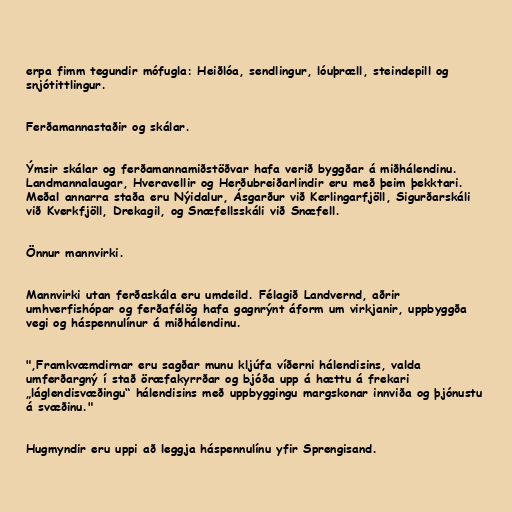
erpa fimm tegundir mófugla: Heiðlóa, sendlingur, lóuþræll, steindepill og
snjótittlingur.

Ferðamannastaðir og skálar.

Ýmsir skálar og ferðamannamiðstöðvar hafa verið byggðar á miðhálendinu.
Landmannalaugar, Hveravellir og Herðubreiðarlindir eru með þeim þekktari.
Meðal annarra staða eru Nýidalur, Ásgarður við Kerlingarfjöll, Sigurðarskáli
við Kverkfjöll, Drekagil, og Snæfellsskáli við Snæfell.

Önnur mannvirki.

Mannvirki utan ferðaskála eru umdeild. Félagið Landvernd, aðrir
umhverfishópar og ferðafélög hafa gagnrýnt áform um virkjanir, uppbyggða
vegi og háspennulínur á miðhálendinu.

",Fram­kvæmd­irn­ar eru sagðar munu kljúfa víðerni há­lend­is­ins, valda
um­ferðargný í stað ör­æfa­kyrrðar og bjóða upp á hættu á frek­ari
„lág­lendi­svæðingu“ há­lend­is­ins með upp­bygg­ingu margskon­ar innviða og þjón­ustu
á svæðinu."

Hugmyndir eru uppi að leggja háspennulínu yfir Sprengisand.